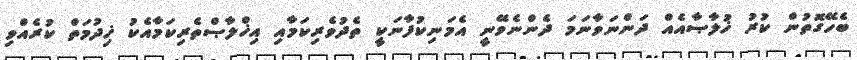
ބެހޭގޮތުން ކުރު ޚުލާޞާއެއް ދަންނަވާނަމަ ދެންނެވޭނީ އެމަނިކުފާނަކީ ތެދުވެރިކަމާއި އިޚްލާޞްތެރިކަމާއެކު ޚިދުމަތް ކުރެއްވި